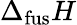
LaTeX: \Delta_{\mathrm{{fus}}}H